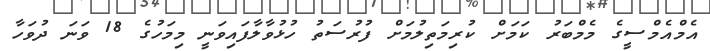
އެމްއެމްސީގެ މެމްބަރު ކަމަށް ކުރިމަތިލުމަށް ފުރުސަތު ހުޅުވާލާފައިވަނީ މިމަހުގެ 18 ވަނަ ދުވަހާ